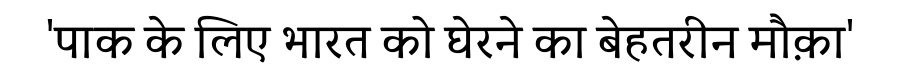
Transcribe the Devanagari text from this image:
'पाक के लिए भारत को घेरने का बेहतरीन मौक़ा'